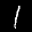
Label: 1